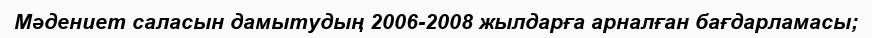
Мәдениет саласын дамытудың 2006-2008 жылдарға арналған бағдарламасы;